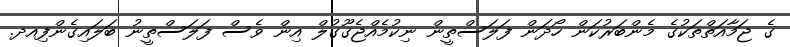
ގެ ޖަމާއަތްތަކުގެ މެންބަރުކަން ހޯދަން ފަލަސްތީން ނިކުމެއްޖެގޫގުލް އިން ވެސް ފަލަސްތީނު ބަލައިގެންފިއދ.